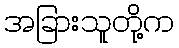
အခြားသူတို့က